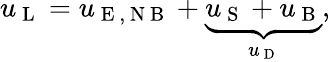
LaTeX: u_{\mathrm{~L~}}=u_{\mathrm{~E~,~N~B~}}+\underbrace{u_{\mathrm{~S~}}+u_{\mathrm{~B~}}}_{u_{\mathrm{~D~}}},